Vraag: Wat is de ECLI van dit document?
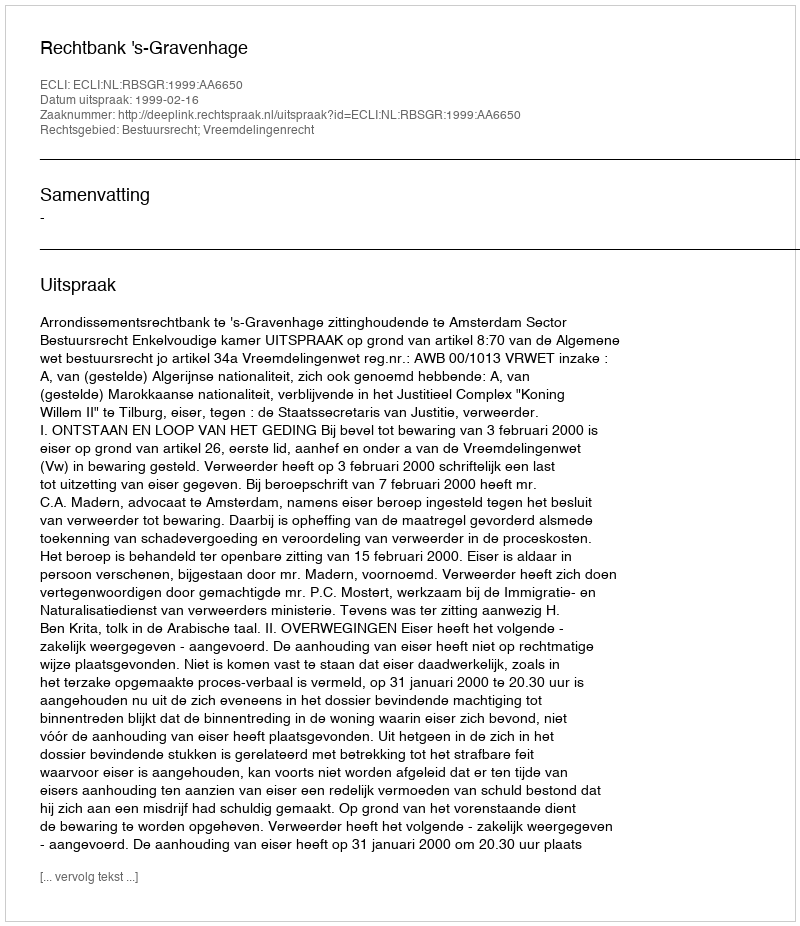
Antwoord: ECLI:NL:RBSGR:1999:AA6650